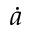
\dot { a }